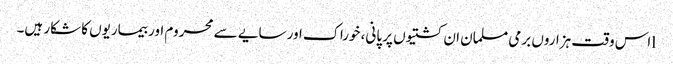
lاس وقت ہزاروں برمی مسلمان ان کشتیوں پر پانی، خوراک اور سایے سے محروم اور بیماریوں کا شکار ہیں۔